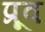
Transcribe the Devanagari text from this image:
प्रूव